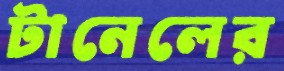
টানেলের